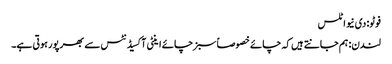
فوٹو: دی نیو اٹلس
لندن: ہم جانتے ہیں کہ چائے خصوصاً سبز چائے اینٹی آکسیڈنٹس سے بھرپور ہوتی ہے۔